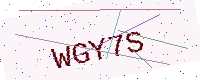
Text: WGY7S